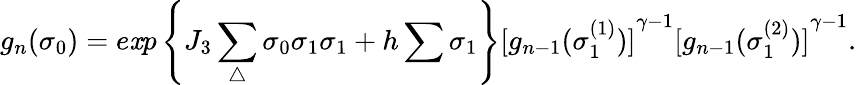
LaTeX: g_{n}({\sigma}_{0})=e\mathit{x}p\left\{ J_{3}\sum_{\triangle}{\sigma}_{0}{\sigma}_{1}{\sigma}_{1}+h\sum{\sigma}_{1}\right\} {[g_{n-1}({\sigma}_{1}^{(1)})]}^{\gamma-1}{[g_{n-1}({\sigma}_{1}^{(2)})]}^{\gamma-1}.